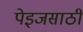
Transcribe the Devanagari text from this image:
पेइजसाठी